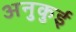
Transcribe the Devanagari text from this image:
अनुकुई